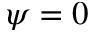
\psi = 0